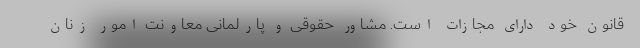
قانون خود دارای مجازات است. مشاور حقوقی و پارلمانی معاونت امور زنان